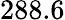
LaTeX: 288.6